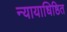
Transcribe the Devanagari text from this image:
न्यायाधिष्ठित